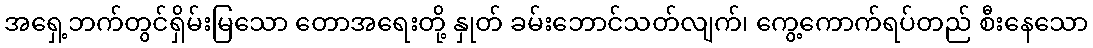
အရှေ့ဘက်တွင်ရှိမ်းမြသော တောအရေးတို့ နှုတ် ခမ်းဘောင်သတ်လျက်၊ ကွေ့ကောက်ရပ်တည် စီးနေသော